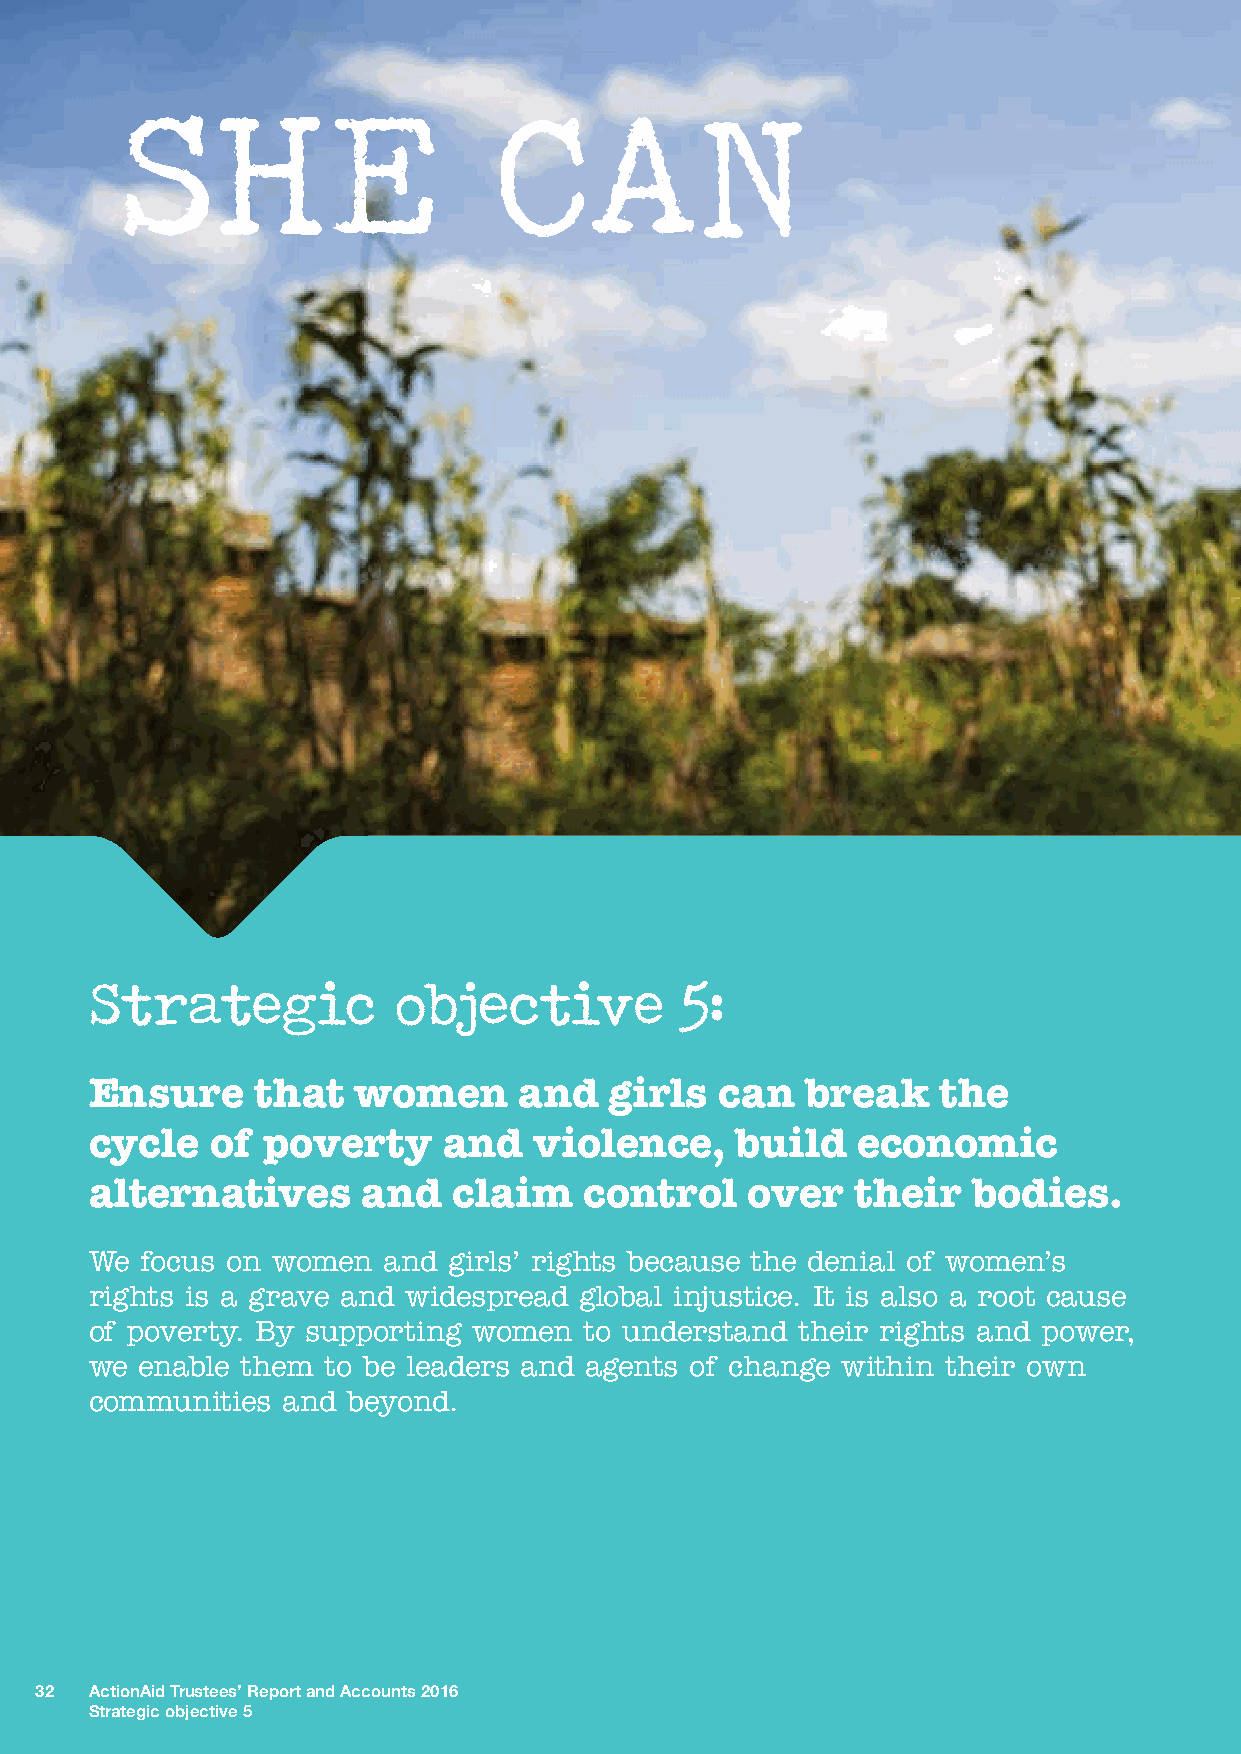
SHE                      CAN
 Strategic           objective          5:
 Ensure     that  women      and   girls   can  break    the
 cycle   of poverty     and   violence,     build   economic
 alternatives      and   claim    control   over    their  bodies.
 We focus on women  and  girls’ rights because the denial of women’s
 rights is a grave and widespread global injustice. It is also a root cause
 of poverty. By supporting women  to understand their rights and power,
 we enable them  to be leaders and agents of change within their own
 communities  and beyond.
 32  ActionAid Trustees’ Report and Accounts 2016
 Strategic objective 5